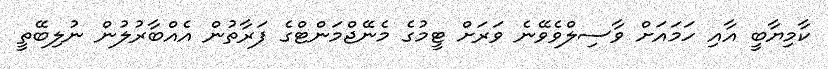
ކާމިޔާބީ އާއި ހަމައަށް ވާސިލްވެވޭނެ ވަރަށް ޓީމުގެ މެނޭޖްމަންޓްގެ ފަރާތުން އެއްބާރުލުން ނުލިބޭތީ